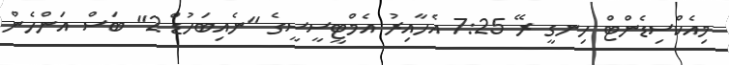
މިއެކްސިޑެންޓް ހިނގީ ރޭ 7:25 އެހާއިރު އެމްޓީސީސީގެ "ނެއިބަހުޑް 2" ބަސް އަންހެން